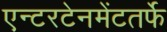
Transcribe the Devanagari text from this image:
एन्टरटेनमेंटतर्फे